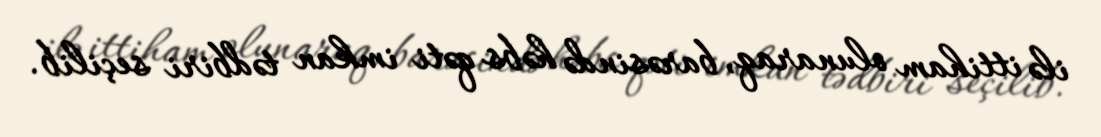
ilə ittiham olunaraq, barəsində həbs qəti imkan tədbiri seçilib.